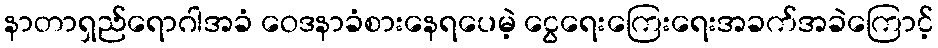
နာတာရှည်ရောဂါအခံ ဝေဒနာခံစားနေရပေမဲ့ ငွေရေးကြေးရေးအခက်အခဲကြောင့်